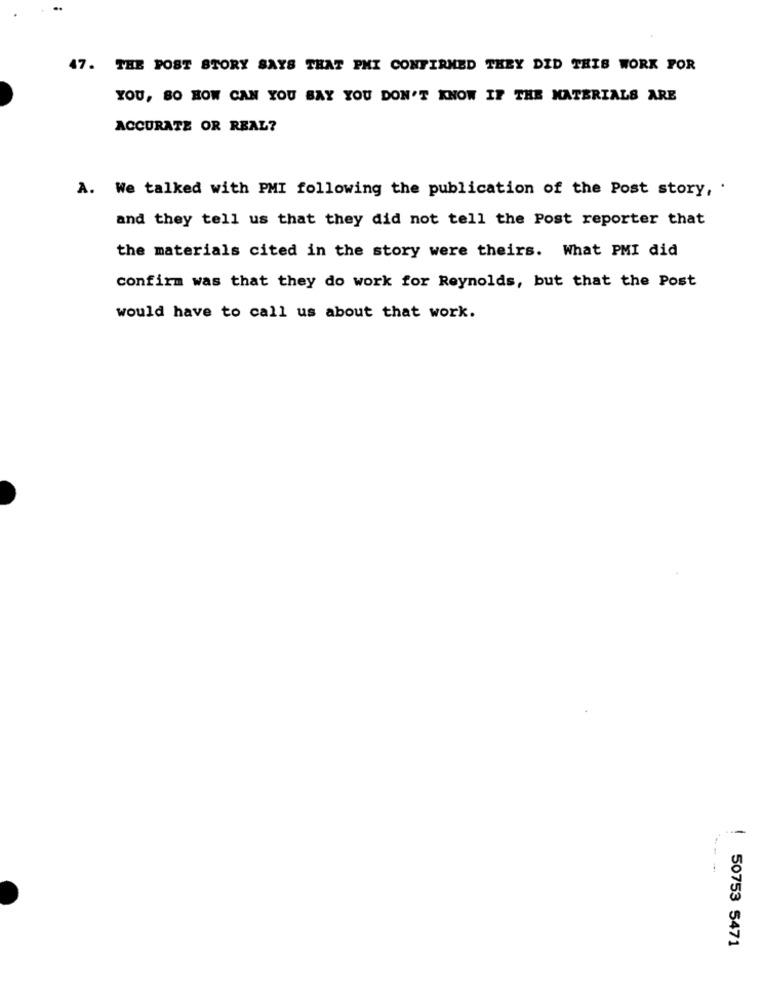
..
47. THE POST STORY SAYS THAT PMI CONFIRMED THEY DID THIS WORK FOR
YOU, BO HOW CAN YOU BAY YOU DON'T KNOW IF THE MATERIALS ARE
ACCURATE OR REAL?
A. We talked with PMI following the publication of the Post story, .
and they tell us that they did not tell the Post reporter that
the materials cited in the story were theirs. What PMI did
confirm was that they do work for Reynolds, but that the Post
would have to call us about that work.
50753 5471